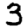
Digit: 3